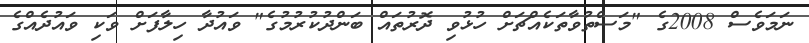
ނަމަވެސް 2008ގެ "މަސްތުވާތަކެއްޗަށް ހުޅުވި ދޮރުތައް ބަންދުކުރުމުގެ" ވައުދާ ހިލާފަށް ވަކި ވައުދެއްގެ